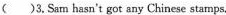
( )3. Sam hasn't got any Chinese stamps,